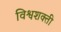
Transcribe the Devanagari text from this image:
विश्वशक्ती